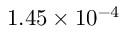
1 . 4 5 \times 1 0 ^ { - 4 }